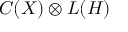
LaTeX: C ( X ) \otimes L ( H )